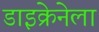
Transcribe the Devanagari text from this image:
डाइक्रेनेला